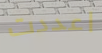
اعددت